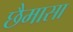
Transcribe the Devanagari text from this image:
छैमासा